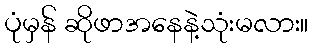
ပုံမှန် ဆိုဖာအနေနဲ့သုံးမလား။